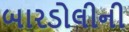
બારડોલીની